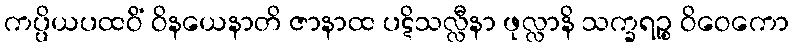
ကပ္ပိယပထဝိံ ဝိနယေနာတိ ဇာနာထ ပဋိသလ္လီနာ ဖုလ္လာနိ သက္ခရဉ္စ ဝိဝေကော